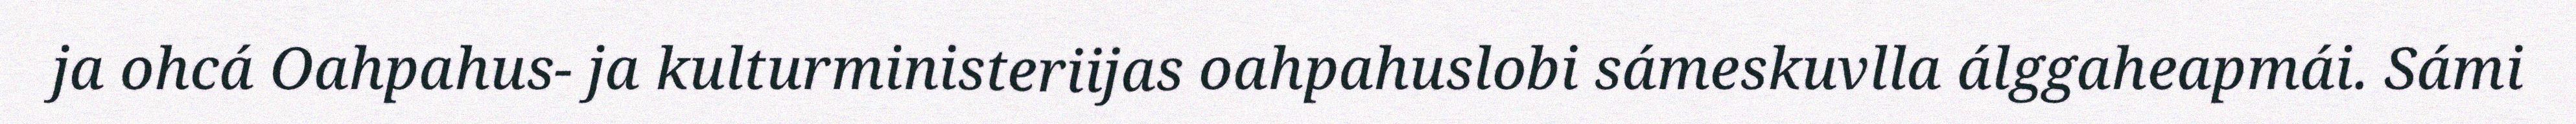
ja ohcá Oahpahus- ja kulturministeriijas oahpahuslobi sámeskuvlla álggaheapmái. Sámi